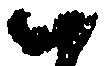
ハ